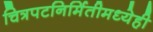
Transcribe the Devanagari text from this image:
चित्रपटनिर्मितीमध्येही